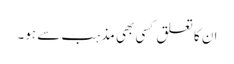
ان کا تعلق کسی بھی مذہب سے ہو۔